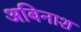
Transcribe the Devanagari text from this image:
अबिनाश